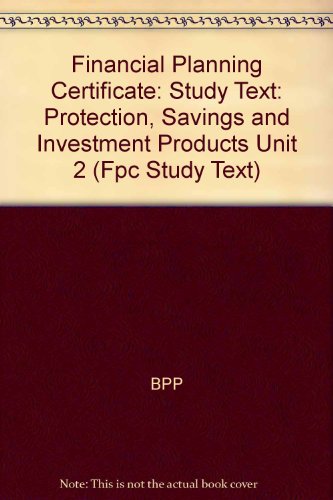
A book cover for Financial Planning Certificate: Protection, Savings and Investment Products Unit 2: Study Text; BPP; Business & Money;